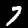
Label: 7